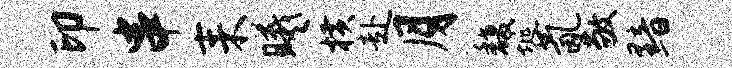
印串耒曦横赴月馥埏氤敬黯